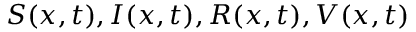
S ( x , t ) , I ( x , t ) , R ( x , t ) , V ( x , t )